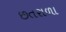
છતરાળા